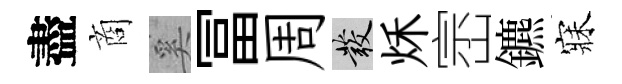
盡商奚冨周發秌崈鑣寐